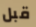
قبل